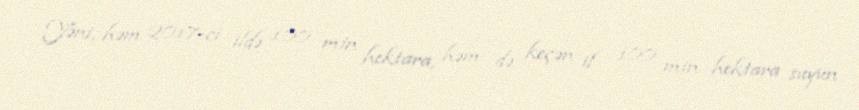
Yəni, həm 2017-ci ildə 100 min hektara, həm də keçən il 100 min hektara suyun